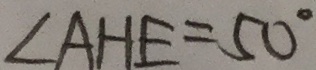
\angle A H E = 5 0 ^ { \circ }